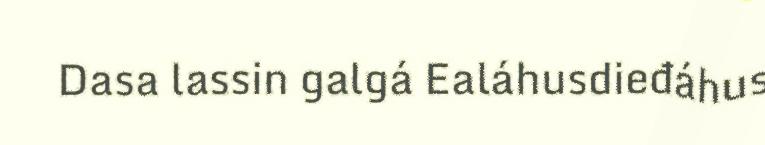
Dasa lassin galgá Ealáhusdieđáhus